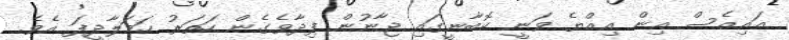
އައިއެސް އިން އިއްޔެ ވަނީ ކޮބާނީގައި ޖާނުން ފިދާވެގެން ހަތަރު ހަމަލާދީފަ އެވެ.